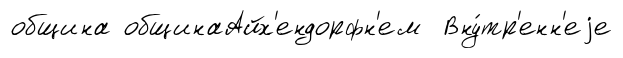
община общинаАйх'ендорфн'ем Вну́тр'енн'еjе